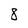
Character: 8